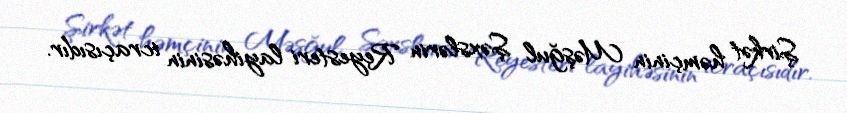
Şirkət həmçinin Məşğul Şəxslərin Reyesteri layihəsinin icraçısıdır.